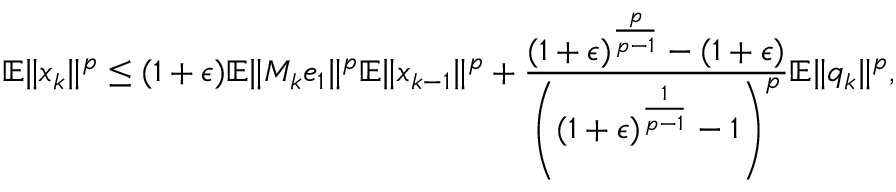
\mathbb { E } \Vert x _ { k } \Vert ^ { p } \leq ( 1 + \epsilon ) \mathbb { E } \Vert M _ { k } e _ { 1 } \Vert ^ { p } \mathbb { E } \Vert x _ { k - 1 } \Vert ^ { p } + \frac { ( 1 + \epsilon ) ^ { \frac { p } { p - 1 } } - ( 1 + \epsilon ) } { \left( ( 1 + \epsilon ) ^ { \frac { 1 } { p - 1 } } - 1 \right) ^ { p } } \mathbb { E } \Vert q _ { k } \Vert ^ { p } ,